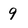
Character: 9